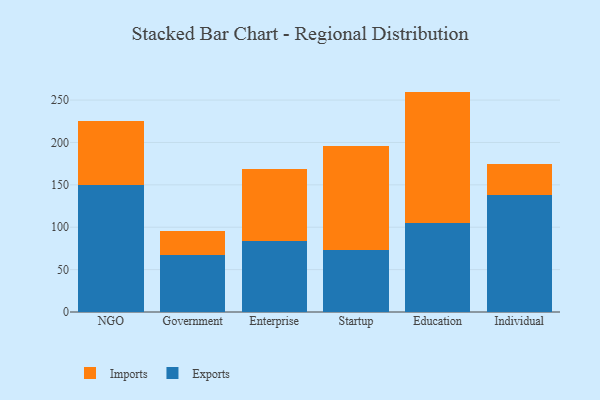
{"axis": {"x": "Segment", "y": "Satisfaction Score"}, "legend": ["Exports", "Imports"], "data": [{"x": "NGO", "y": 149.7, "type": "Exports"}, {"x": "NGO", "y": 75.6, "type": "Imports"}, {"x": "Government", "y": 67.6, "type": "Exports"}, {"x": "Government", "y": 27.9, "type": "Imports"}, {"x": "Enterprise", "y": 84.3, "type": "Exports"}, {"x": "Enterprise", "y": 84.6, "type": "Imports"}, {"x": "Startup", "y": 73.3, "type": "Exports"}, {"x": "Startup", "y": 122.3, "type": "Imports"}, {"x": "Education", "y": 104.7, "type": "Exports"}, {"x": "Education", "y": 155.3, "type": "Imports"}, {"x": "Individual", "y": 137.5, "type": "Exports"}, {"x": "Individual", "y": 37.2, "type": "Imports"}]}